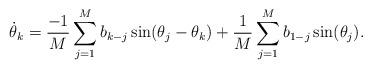
LaTeX: \begin{align*}\dot\theta_k = \frac{-1}M \sum_{j=1}^M b_{k-j} \sin(\theta_j-\theta_k)+\frac{1}M \sum_{j=1}^M b_{1-j} \sin(\theta_j).\end{align*}